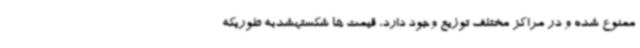
ممنوع شده و در مراکز مختلف توزیع وجود دارد، قیمت ها شکستهشدبه طوریکه